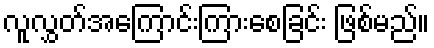
လူလွှတ်အကြောင်းကြားစေခြင်း ဖြစ်မည်။